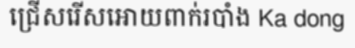
ជ្រើសរើសអោយពាក់របាំង Ka dong